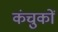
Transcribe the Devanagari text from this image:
कंचुकों